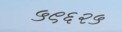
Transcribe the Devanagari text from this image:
५९६२५